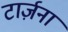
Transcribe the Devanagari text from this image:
टार्ज़ना